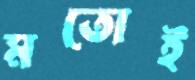
মতোই